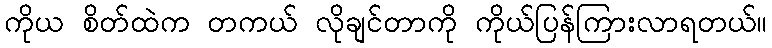
ကိုယ စိတ်ထဲက တကယ် လိုချင်တာကို ကိုယ်ပြန်ကြားလာရတယ်။